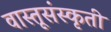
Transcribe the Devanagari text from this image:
वास्तूसंस्कृती